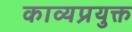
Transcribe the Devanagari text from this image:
काव्यप्रयुक्त